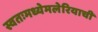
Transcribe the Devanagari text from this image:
स्वतःमध्येमलेरियाची